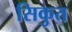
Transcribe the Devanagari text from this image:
सिकुत